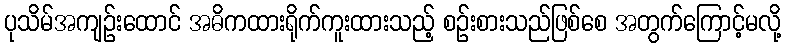
ပုသိမ်အကျဉ်းထောင် အဓိကထားရိုက်ကူးထားသည့် စဉ်းစားသည်ဖြစ်စေ အတွက်ကြောင့်မလို့